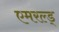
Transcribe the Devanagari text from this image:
एमरल्ड्